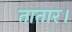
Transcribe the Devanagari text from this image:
तातार।